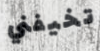
تخيفني